Lunatic asylums Central Provinces reports 1874-1885 - 1874-1885
Year: 1874
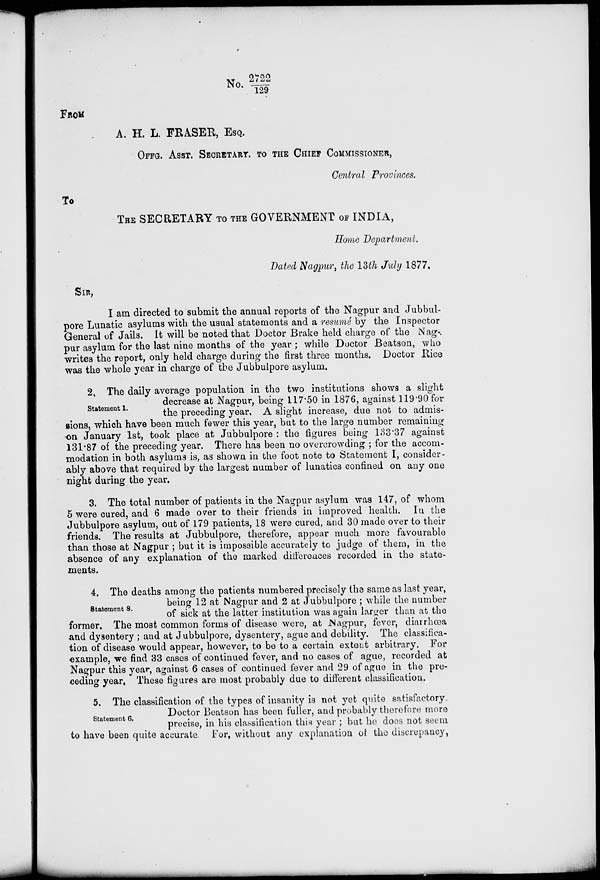
No. 2722/129
FROM
A. H. L. ERASER, ESQ.
OFFG. ASST. SECRETARY.TO THE CHIEF COMMISSIONER,
Central Provinces.
To
THE SECRETARY TO THE GOVERNMENT OF INDIA,
Home Department.
Dated Nagpur, the 13th July 1877.
SIR,
I am directed to submit the annual reports of the Nagpur and Jubbul-
pore Lunatic asylums with the usual statements and a resumé by the Inspector
General of Jails. It will be noted that Doctor Brake held charge of the Nag-
pur asylum for the last nine months of the year ; while Doctor Beatson, who
writes the report, only held charge during the first three months. Doctor Rice
was the whole year in charge of the Jubbulpore asylum.
Statement 1.
2, The daily average population in the two institutions shows a slight
decrease at Nagpur, being 117.50 in 1876, against 119.90 for
the preceding year. A slight increase, due not to admis-
sions, which have been much fewer this year, but to the large number remaining
on January 1st, took place at Jubbulpore : the figures being 133.37 against
131.87 of the preceding year. There has been no overcrowding ; for the accom-
modation in both asylums is, as shown in the foot note to Statement I, consider-
ably above that required by the largest number of lunatics confined on any one
night during the year.
3. The total number of patients in the Nagpur asylum was 147, of whom
5 were cured, and 6 made over to their friends in improved health. In the
Jubbulpore asylum, out of 179 patients, 18 were cured, and 30 made over to their
friends. The results at Jubbulpore, therefore, appear much more favourable
than those at Nagpur ; but it is impossible accurately to judge of them, in the
absence of any explanation of the marked differences recorded in the state-
ments.
Statement 8.
4. The deaths among the patients numbered precisely the same as last year,
being 12 at Nagpur and 2 at Jubbulpore ; while the number
of sick at the latter institution was again larger than at the
former. The most common forms of disease were, at Nagpur, fever, diarrhœa
and dysentery ; and at Jubbulpore, dysentery, ague and debility. The classifica-
tion of disease would appear, however, to be to a certain extent arbitrary. For
example, we find 33 cases of continued fever, and no cases of ague, recorded at
Nagpur this year, against 6 cases of continued fever and 29 of ague in the pre-
ceding year, These figures are most probably due to different classification.
Statement 6.
5. The classification of the types of insanity is not yet quite satisfactory
Doctor Beatson has been fuller, and probably therefore more
precise, in his classification this year ; but he does not seem
to have been quite accurate. For, without any explanation of the discrepancy,